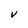
Character: V